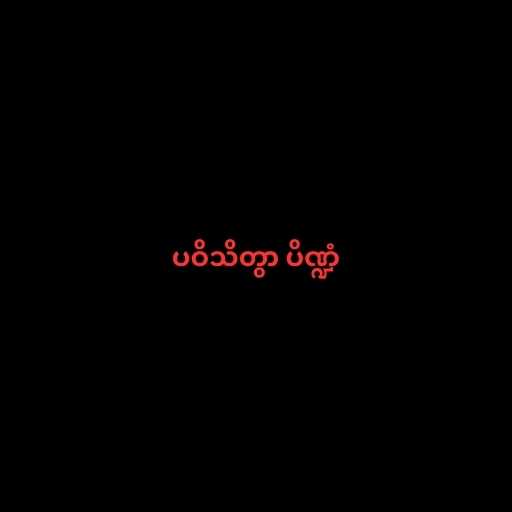
ပဝိသိတွာ ပိဏ္ဍံ